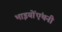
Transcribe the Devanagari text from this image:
भाइयोंएंथनी